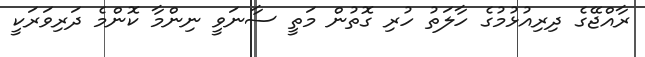
ރާއްޖޭގެ ދިރިއުޅުމުގެ ހާލަތު ހުރި ގޮތުން މަތީ ސާނަވީ ނިންމާ ކޮންމެ ދަރިވަރަކީ